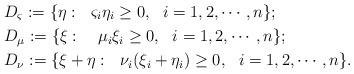
LaTeX: \begin{align*} &D_{\varsigma}:=\{\eta:\ \ \varsigma_{i}\eta_{i}\geq 0, \ \ i=1,2, \cdots, n\};\\ &D_{\mu}:=\{\xi:\ \ \ \mu_{i}\xi_{i}\geq 0, \ \ i=1,2, \cdots, n\};\\ &D_{\nu}:=\{\xi+\eta: \ \ \nu_{i}(\xi_{i}+\eta_{i})\geq 0, \ \ i=1,2, \cdots, n\}.\end{align*}